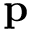
\mathbf { p }